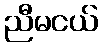
ညီမငယ်